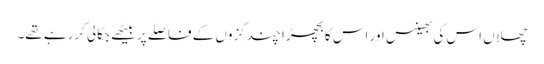
چھلاں اس کی بھینس اور اس کا بچھڑا چند گزوں کے فاصلے پر بیٹھے جگالی کررہے تھے۔